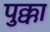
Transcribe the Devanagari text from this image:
पुक्का